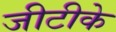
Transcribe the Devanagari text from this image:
जीटीके